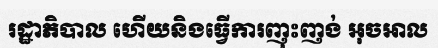
រដ្ឋាភិបាល ហើយនិងធ្វើការញុះញង់ អុចអាល